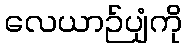
လေယာဉ်ပျံကို